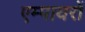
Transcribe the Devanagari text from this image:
एम्पायरों